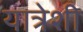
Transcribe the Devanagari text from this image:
यात्रेशी